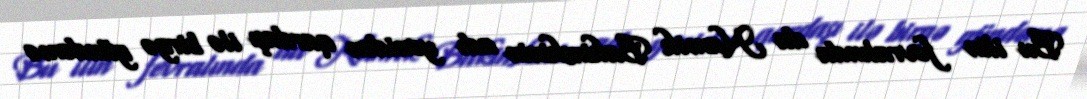
Bu ilin fevralında da Namik Bakinskinin adı yenidən qardaşı ilə birgə gündəmə